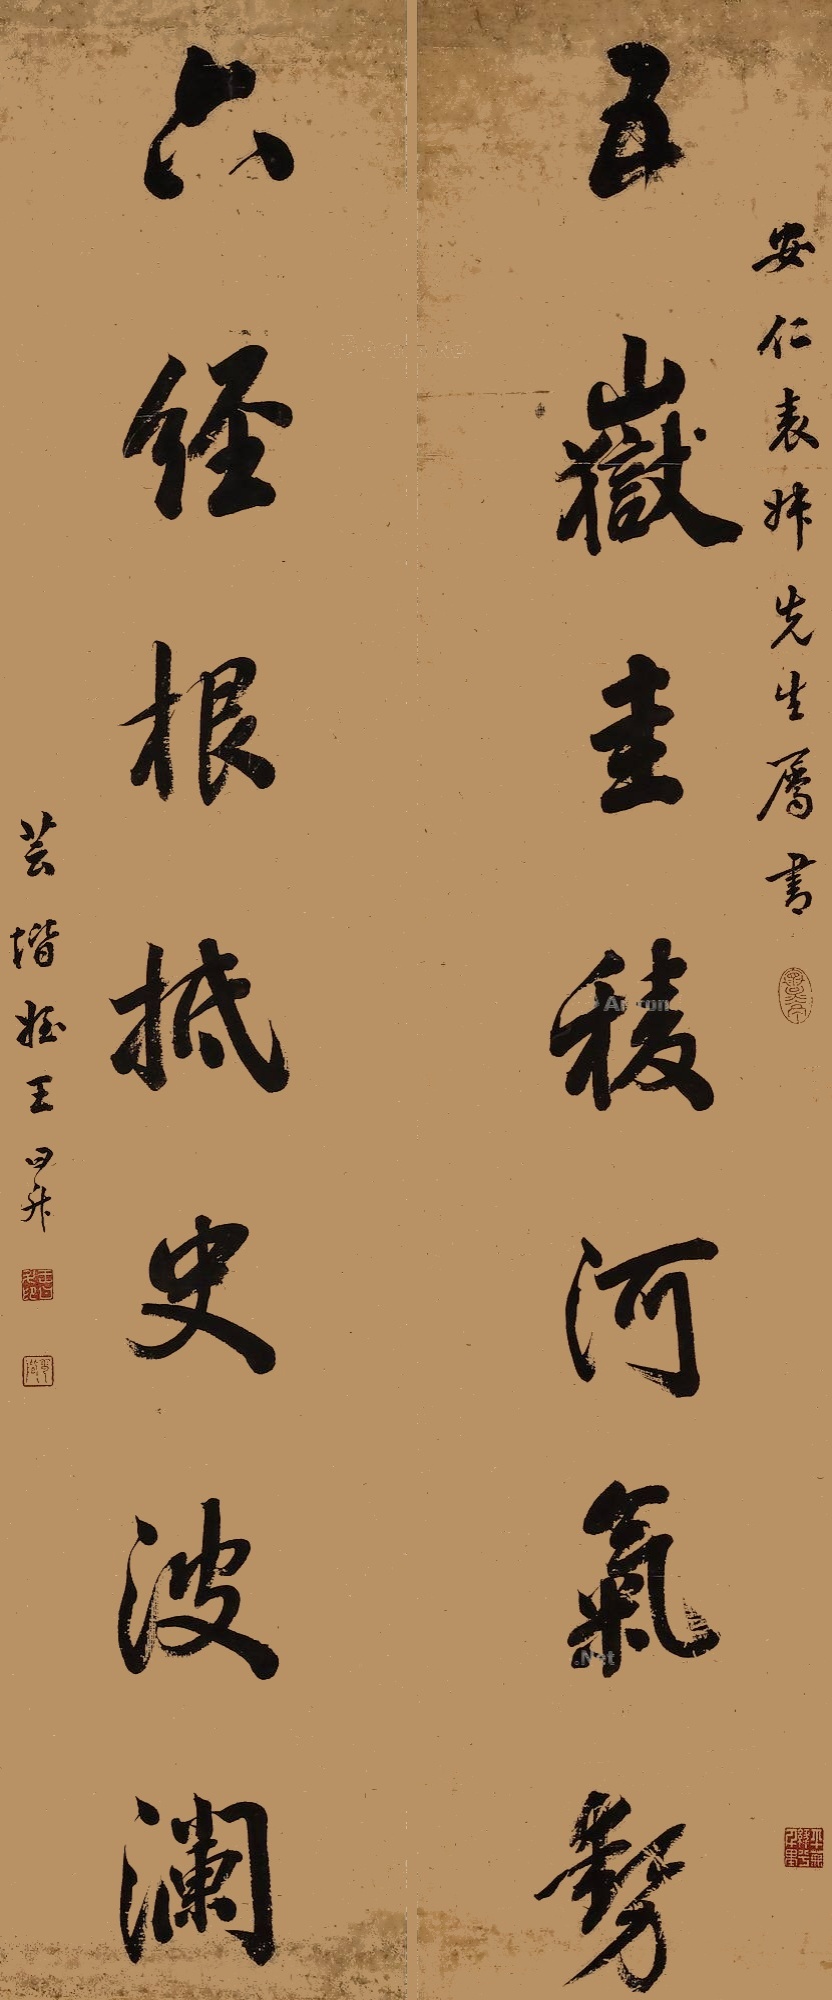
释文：五岳圭棱河气势，六经根柢史波澜。安仁表叔先生属书，芸阶侄王日升。